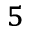
^ { 5 }